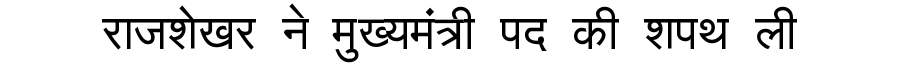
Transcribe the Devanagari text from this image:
राजशेखर ने मुख्यमंत्री पद की शपथ ली